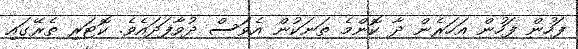
ފަހުން ފަހުން އަހަރެން ދާ ކޮންމެ ތަނަކުން އެވަސް ދުވާފަދައެވެ. ކޮޓަރި ތެރޭގައި